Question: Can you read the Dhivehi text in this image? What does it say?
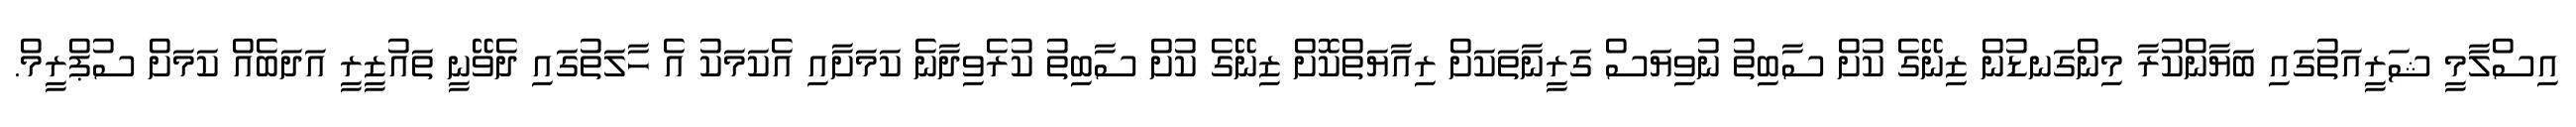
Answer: އިސްލާމީ ޝަރީއަތުގައި ބަޔާންކުރާ މިންގަނޑުން ޒިނޭގެ ކުށް ސާބިތު ނުވިޔަސް ގަރީނާތަކަށް ރިއާޔަތްކޮށް ޒިނޭގެ ކުށް ސާބިތު ކުރެވިދާނެ ކަމަށާއި އެކަމަކު އެ ހާލަތުގައި ދެވޭނީ ތައުޒީރީ އަދަބެއް ކަމަށް ސުޕްރީމް.